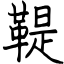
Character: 鞮